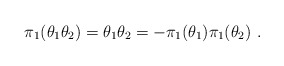
\begin{align*}\pi_1( \theta_{1} \theta_{2})= \theta_1 \theta_2= - \pi_1( \theta_{1}) \pi_1(\theta_{2})~.\end{align*}